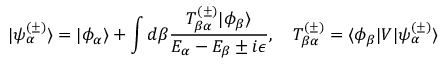
| \psi _ { \alpha } ^ { ( \pm ) } \rangle = | \phi _ { \alpha } \rangle + \int d \beta { \frac { T _ { \beta \alpha } ^ { ( \pm ) } | \phi _ { \beta } \rangle } { E _ { \alpha } - E _ { \beta } \pm i \epsilon } } , \quad T _ { \beta \alpha } ^ { ( \pm ) } = \langle \phi _ { \beta } | V | \psi _ { \alpha } ^ { ( \pm ) } \rangle